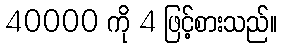
40000 ကို 4 ဖြင့်စားသည်။